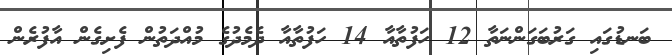
ބަނޑުގައި ގަރުބަގަންނަތާ 12 ހަފުތާއާ 14 ހަފުތާއާ ދެމެދުގެ މުއްދަތުން ފެށިގެން އާފުރެން